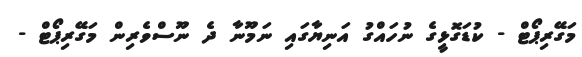
މަގޭރިޕޯޓް - ކުޑަގޮޅީގެ ނުހައްގު އަނިޔާގައި ނަމޫނާ ދެ ނޫސްވެރިން މަގޭރިޕޯޓް -